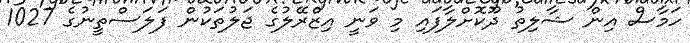
ހަމާސް އިން ޝާލިތު ދޫކޮށްލާފައި މި ވަނީ އިޒްރޭލުގެ ޖަލުތަކުން ފަލަސްތީނުގެ 1027